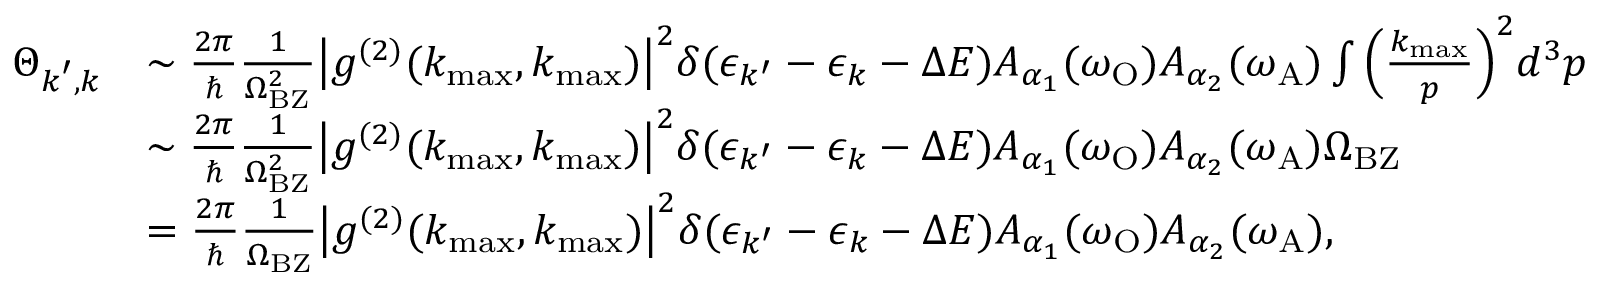
\begin{array} { r l } { \Theta _ { \boldsymbol { k } ^ { \prime } , \boldsymbol { k } } } & { \sim \frac { 2 \pi } { \hbar } \frac { 1 } { \Omega _ { \mathrm { B Z } } ^ { 2 } } \big | g ^ { ( 2 ) } ( k _ { \operatorname* { m a x } } , k _ { \operatorname* { m a x } } ) \big | ^ { 2 } \delta ( \epsilon _ { k ^ { \prime } } - \epsilon _ { k } - \Delta E ) A _ { \alpha _ { 1 } } ( \omega _ { \mathrm { O } } ) A _ { \alpha _ { 2 } } ( \omega _ { \mathrm { A } } ) \int \Big ( \frac { k _ { \operatorname* { m a x } } } { p } \Big ) ^ { 2 } d ^ { 3 } \boldsymbol { p } } \\ & { \sim \frac { 2 \pi } { \hbar } \frac { 1 } { \Omega _ { \mathrm { B Z } } ^ { 2 } } \big | g ^ { ( 2 ) } ( k _ { \operatorname* { m a x } } , k _ { \operatorname* { m a x } } ) \big | ^ { 2 } \delta ( \epsilon _ { k ^ { \prime } } - \epsilon _ { k } - \Delta E ) A _ { \alpha _ { 1 } } ( \omega _ { \mathrm { O } } ) A _ { \alpha _ { 2 } } ( \omega _ { \mathrm { A } } ) \Omega _ { \mathrm { B Z } } } \\ & { = \frac { 2 \pi } { \hbar } \frac { 1 } { \Omega _ { \mathrm { B Z } } } \big | g ^ { ( 2 ) } ( k _ { \operatorname* { m a x } } , k _ { \operatorname* { m a x } } ) \big | ^ { 2 } \delta ( \epsilon _ { k ^ { \prime } } - \epsilon _ { k } - \Delta E ) A _ { \alpha _ { 1 } } ( \omega _ { \mathrm { O } } ) A _ { \alpha _ { 2 } } ( \omega _ { \mathrm { A } } ) , } \end{array}